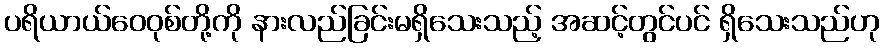
ပရိယာယ်ဝေဝုစ်တို့ကို နားလည်ခြင်းမရှိသေးသည့် အဆင့်တွင်ပင် ရှိသေးသည်ဟု